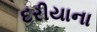
દરીયાના